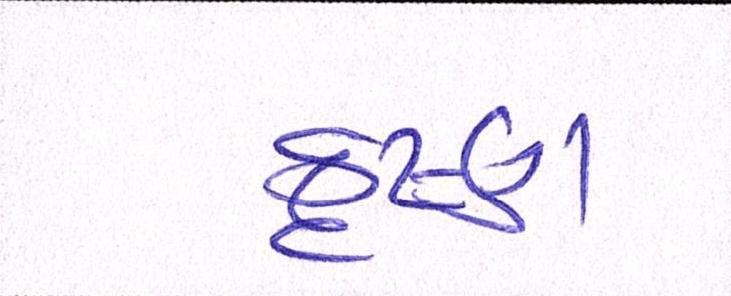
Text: કૃષ્ણ